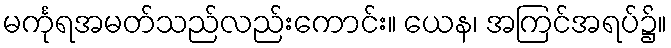
မင်္ကုရအမတ်သည်လည်းကောင်း။ ယေန၊ အကြင်အရပ်၌။